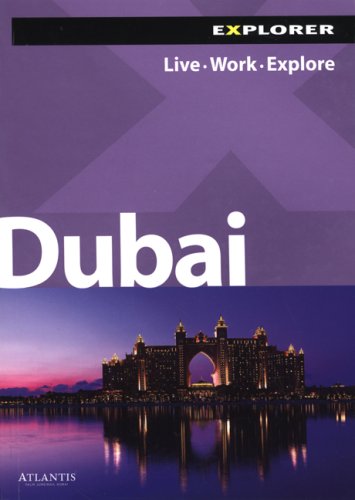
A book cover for Dubai Complete Residents' Guide; Explorer Publishing; History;